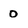
Character: 0